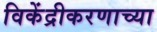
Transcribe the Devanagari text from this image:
विकेंद्रीकरणाच्या